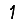
Digit: 1